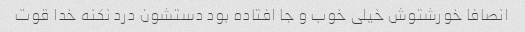
انصافا خورشتوش خیلی خوب و جا افتاده بود دستشون درد نکنه خدا قوت